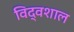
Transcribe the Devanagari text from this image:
विद्वशाल